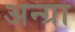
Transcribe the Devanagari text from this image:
अन्ग्रा